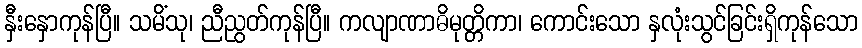
နှီးနှောကုန်ပြီ။ သမိံသု၊ ညီညွတ်ကုန်ပြီ။ ကလျာဏာဓိမုတ္တိကာ၊ ကောင်းသော နှလုံးသွင်ခြင်းရှိကုန်သော